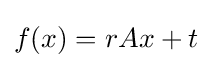
f(x)=rAx+t